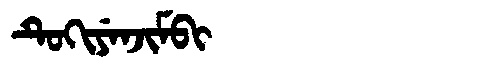
Manchu: ᡨᡠᡴᡳᠶᡝᠨᠵᡳᠮᠪᡳ
Romanization: TUKIYENJIMBI